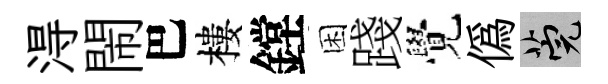
淂閙巴樓鏜困踐覺偽筦